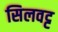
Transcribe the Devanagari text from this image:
सिलवट्ट